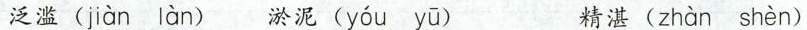
泛滥( jiàn làn ) 淤泥( yóu yū ) 精湛( zhàn shèn )